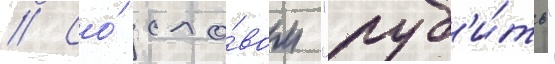
// Со́ сло́вом "руб'и́ть"